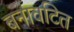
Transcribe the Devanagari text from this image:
बनावटित